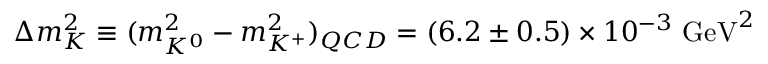
\Delta m _ { K } ^ { 2 } \equiv ( m _ { K ^ { 0 } } ^ { 2 } - m _ { K ^ { + } } ^ { 2 } ) _ { Q C D } = ( 6 . 2 \pm 0 . 5 ) \times 1 0 ^ { - 3 } ~ \mathrm { G e V } ^ { 2 }